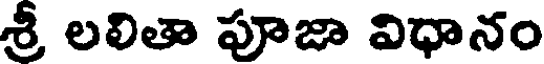
శ్రీ లలితా పూజా విధానం